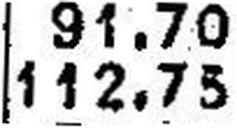
112.75